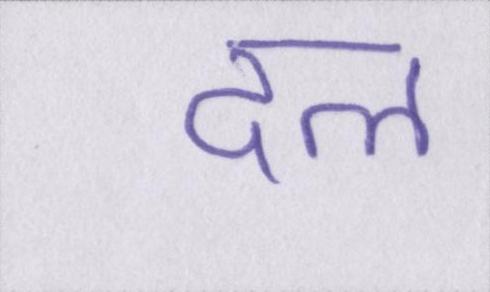
दल